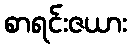
စာရင်းဇယား